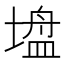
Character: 𫮠